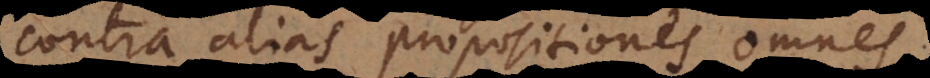
contra alias propositiones omnes.